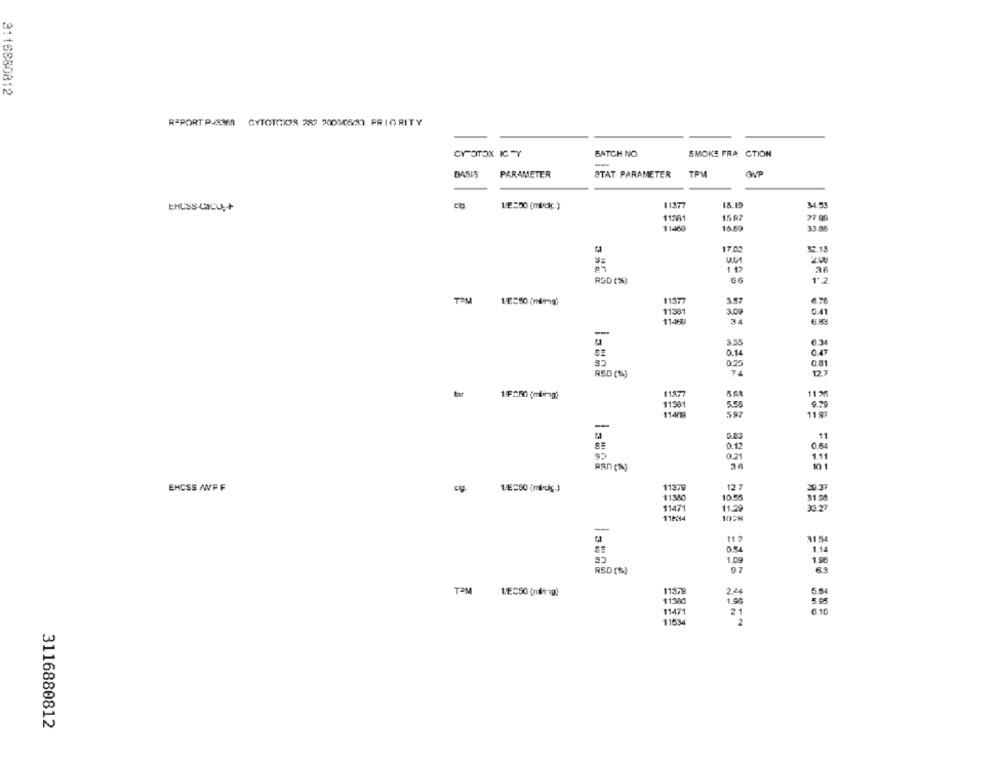
3116880812
REPORT P-AMA CYTOTOIOS 282 20000500 PRIORITY
CYTOTOX IC -Y
BATCH NO.
SMOKE FRA CTION
PARAMETER
STAT PARAMETER TPM
11377
18.19
34.53
EHESS CINCO+
11:381
15 97
27 90
11460
16.89
33.86
17.03
112
RSD (%)
1'2
TOM
11377
3.57
6.76
11381
3.09
11468
6.83
-
3.35
6.34
0.14
0.25
0.81
RED (1)
74
127
1FAR (mlig)
11377
113%
1138
11408
1197
-
5.83
0:12
054
0.21
1.11
EHCSS AVPF
11370
12
11380
10 58
11471
11.29
30.27
11:44
11 )
31 50
U
1.14
054
1 8E
RSD (S)
1137
2.4
11380
11471
21
6.10
11634
3116880812